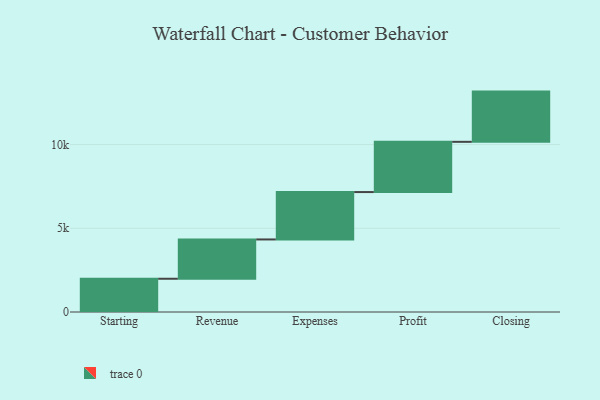
{"axis": {"x": "Step", "y": "Value"}, "legend": [""], "data": [{"x": "Starting", "y": 1986.0, "type": ""}, {"x": "Revenue", "y": 2347.0, "type": ""}, {"x": "Expenses", "y": 2831.0, "type": ""}, {"x": "Profit", "y": 3000, "type": ""}, {"x": "Closing", "y": 3000, "type": ""}]}